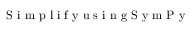
\mathrm { ~ S ~ i ~ m ~ p ~ l ~ i ~ f ~ y ~ u ~ s ~ i ~ n ~ g ~ S ~ y ~ m ~ P ~ y ~ }